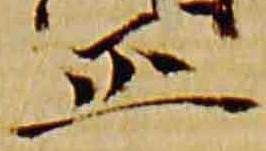
正